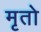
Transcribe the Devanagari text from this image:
मृतो